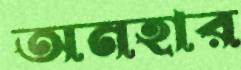
অনহার